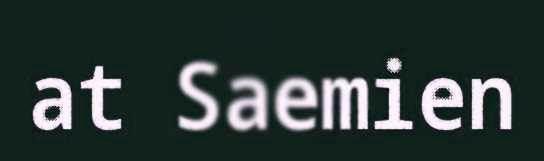
at Saemien